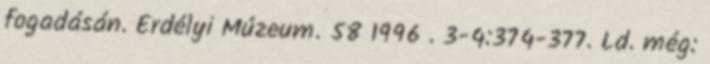
fogadásán. Erdélyi Múzeum. 58 1996 . 3-4:374-377. Ld. még: